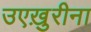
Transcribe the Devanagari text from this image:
उएख़ुरीना